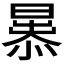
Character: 𭨢